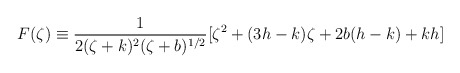
\begin{align*}F(\zeta)\equiv\frac{1}{2(\zeta +k)^{2}(\zeta +b)^{1/2}}[\zeta^{2}+(3h-k)\zeta +2b(h-k)+kh] \end{align*}